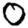
Digit: 0